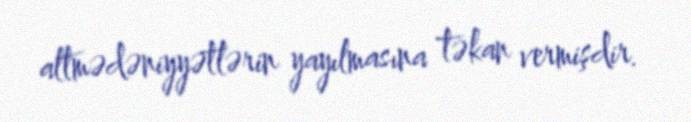
altmədəniyyətlərin yayılmasına təkan vermişdir.